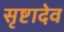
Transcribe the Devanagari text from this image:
सृष्टादेव